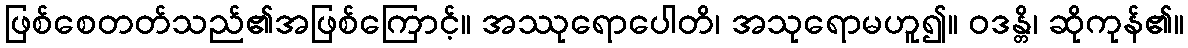
ဖြစ်စေတတ်သည်၏အဖြစ်ကြောင့်။ အဿုရောပေါတိ၊ အသုရောမဟူ၍။ ဝဒန္တိ၊ ဆိုကုန်၏။